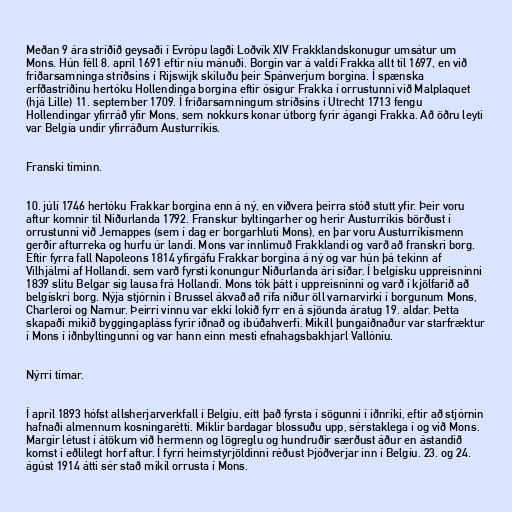
Meðan 9 ára stríðið geysaði í Evrópu lagði Loðvík XIV Frakklandskonugur umsátur um
Mons. Hún féll 8. apríl 1691 eftir níu mánuði. Borgin var á valdi Frakka allt til 1697, en við
friðarsamninga stríðsins í Rijswijk skiluðu þeir Spánverjum borgina. Í spænska
erfðastríðinu hertóku Hollendinga borgina eftir ósigur Frakka í orrustunni við Malplaquet
(hjá Lille) 11. september 1709. Í friðarsamningum stríðsins í Utrecht 1713 fengu
Hollendingar yfirráð yfir Mons, sem nokkurs konar útborg fyrir ágangi Frakka. Að öðru leyti
var Belgía undir yfirráðum Austurríkis.

Franski tíminn.

10. júlí 1746 hertóku Frakkar borgina enn á ný, en viðvera þeirra stóð stutt yfir. Þeir voru
aftur komnir til Niðurlanda 1792. Franskur byltingarher og herir Austurríkis börðust í
orrustunni við Jemappes (sem í dag er borgarhluti Mons), en þar voru Austurríkismenn
gerðir afturreka og hurfu úr landi. Mons var innlimuð Frakklandi og varð að franskri borg.
Eftir fyrra fall Napoleons 1814 yfirgáfu Frakkar borgina á ný og var hún þá tekinn af
Vilhjálmi af Hollandi, sem varð fyrsti konungur Niðurlanda ári síðar. Í belgísku uppreisninni
1839 slitu Belgar sig lausa frá Hollandi. Mons tók þátt í uppreisninni og varð í kjölfarið að
belgískri borg. Nýja stjórnin í Brussel ákvað að rífa niður öll varnarvirki í borgunum Mons,
Charleroi og Namur. Þeirri vinnu var ekki lokið fyrr en á sjöunda áratug 19. aldar. Þetta
skapaði mikið byggingapláss fyrir iðnað og íbúðahverfi. Mikill þungaiðnaður var starfræktur
í Mons í iðnbyltingunni og var hann einn mesti efnahagsbakhjarl Vallóníu.

Nýrri tímar.

Í apríl 1893 hófst allsherjarverkfall í Belgíu, eitt það fyrsta í sögunni í iðnríki, eftir að stjórnin
hafnaði almennum kosningarétti. Miklir bardagar blossuðu upp, sérstaklega í og við Mons.
Margir létust í átökum við hermenn og lögreglu og hundruðir særðust áður en ástandið
komst í eðlilegt horf aftur. Í fyrri heimstyrjöldinni réðust Þjóðverjar inn í Belgíu. 23. og 24.
ágúst 1914 átti sér stað mikil orrusta í Mons.